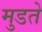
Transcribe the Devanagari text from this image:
मुडते